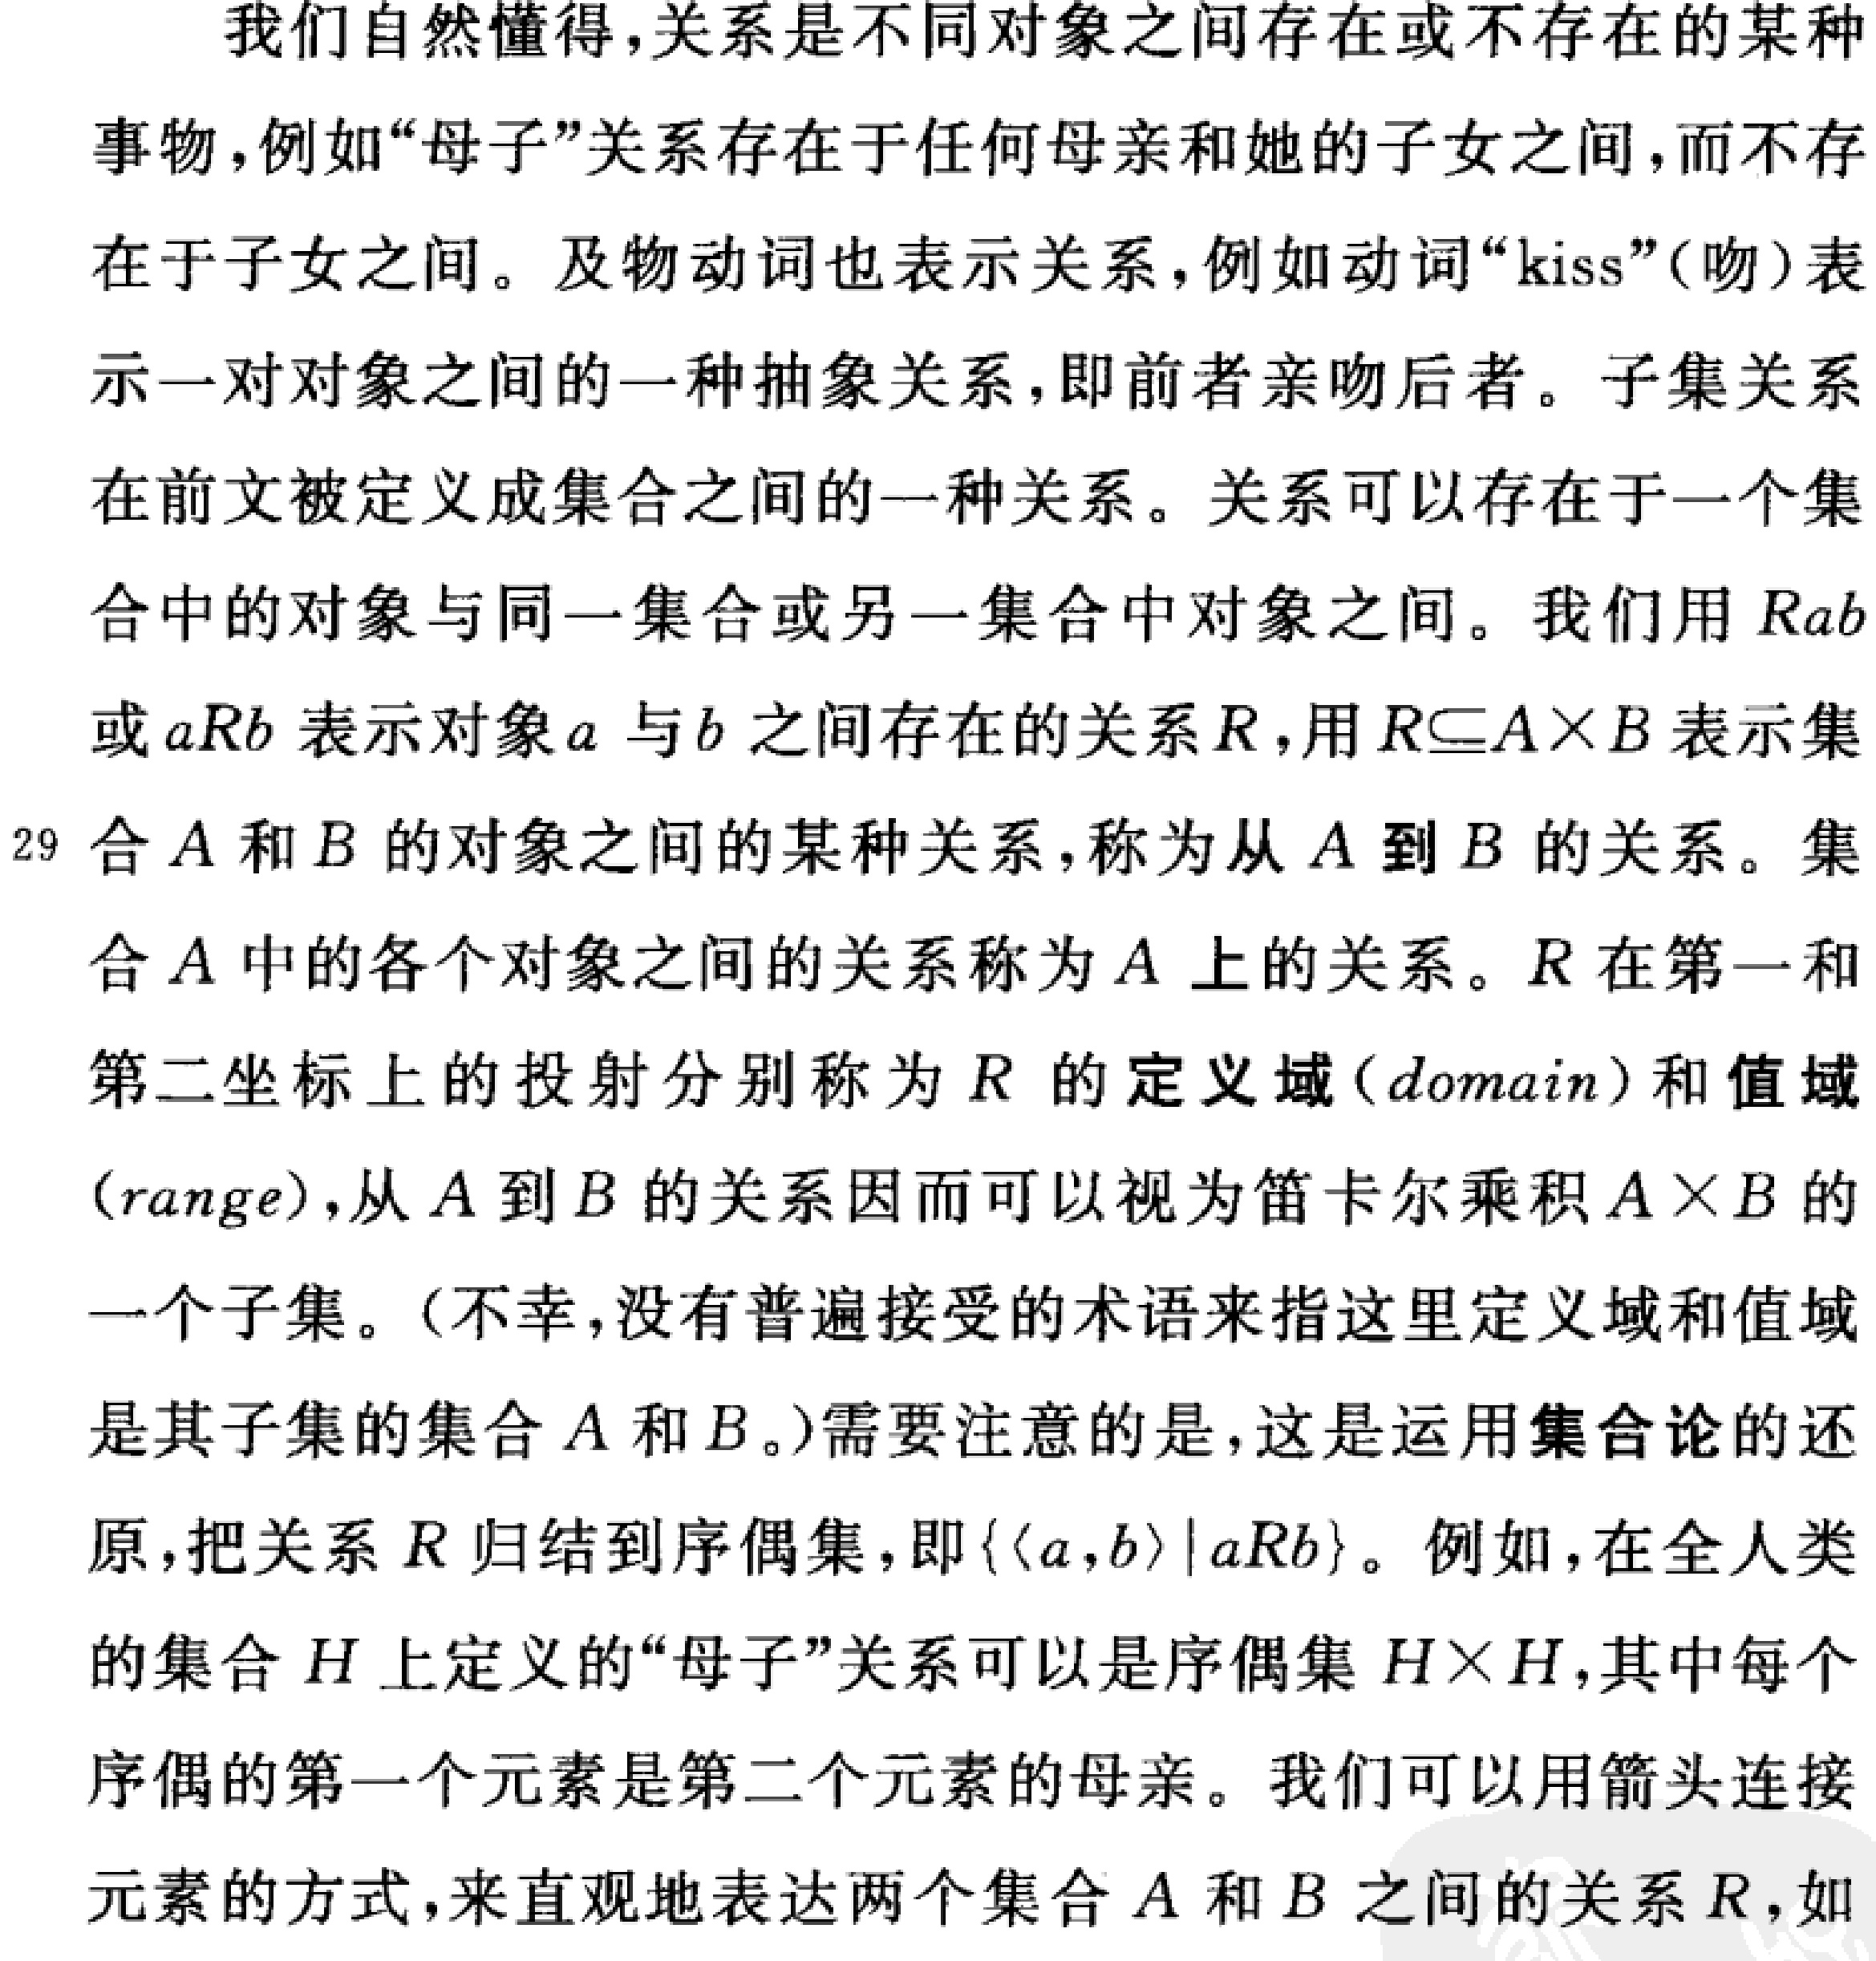
我们自然懂得，关系是不同对象之间存在或不存在的某种
事物，例如“母子”关系存在于任何母亲和她的子女之间，而不存
在于子女之间。及物动词也表示关系，例如动词“kiss”(吻)表
示一对对象之间的一种抽象关系，即前者亲吻后者。子集关系
在前文被定义成集合之间的一种关系。关系可以存在于一个集
合中的对象与同一集合或另一集合中对象之间。我们用$Rab$
或$aRb$表示对象$a$与$b$之间存在的关系$R$，用$R\subseteq A\times B$表示集
29 合$A$和$B$的对象之间的某种关系，称为从$A$到$B$的关系。集
合$A$中的各个对象之间的关系称为$A$上的关系。$R$在第一和
第二坐标上的投射分别称为$R$的定义域(domain)和值域
(range)，从$A$到$B$的关系因而可以视为笛卡尔乘积$A\times B$的
一个子集。(不幸，没有普遍接受的术语来指这里定义域和值域
是其子集的集合$A$和$B$。)需要注意的是，这是运用集合论的还
原，把关系$R$归结到序偶集，即$\{\langle a,b\rangle|aRb\}$。例如，在全人类
的集合$H$上定义的“母子”关系可以是序偶集$H\times H$，其中每个
序偶的第一个元素是第二个元素的母亲。我们可以用箭头连接
元素的方式，来直观地表达两个集合$A$和$B$之间的关系$R$，如